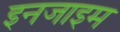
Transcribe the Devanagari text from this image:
इनजाइम